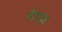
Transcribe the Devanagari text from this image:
नेएज